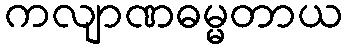
ကလျာဏဓမ္မတာယ